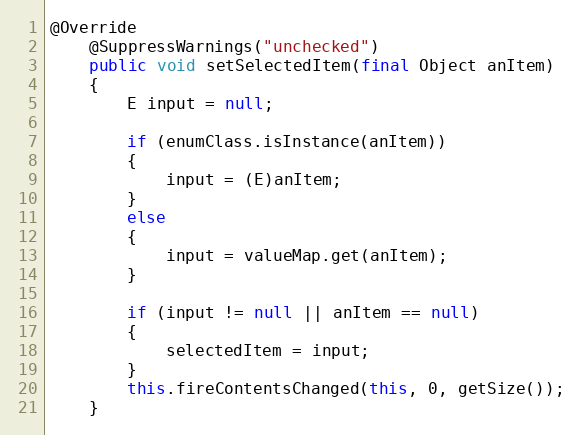
Language: Java
@Override
	@SuppressWarnings("unchecked")
	public void setSelectedItem(final Object anItem)
	{
		E input = null;

		if (enumClass.isInstance(anItem))
		{
			input = (E)anItem;
		}
		else
		{
			input = valueMap.get(anItem);
		}

		if (input != null || anItem == null)
		{
			selectedItem = input;
		}
		this.fireContentsChanged(this, 0, getSize());
	}